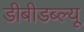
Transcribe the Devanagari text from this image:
डीबीडब्ल्यू